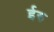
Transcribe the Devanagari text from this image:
ईरु